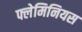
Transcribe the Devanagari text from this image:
फ्लेमिनियस